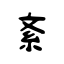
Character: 紊